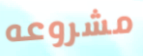
مشروعه